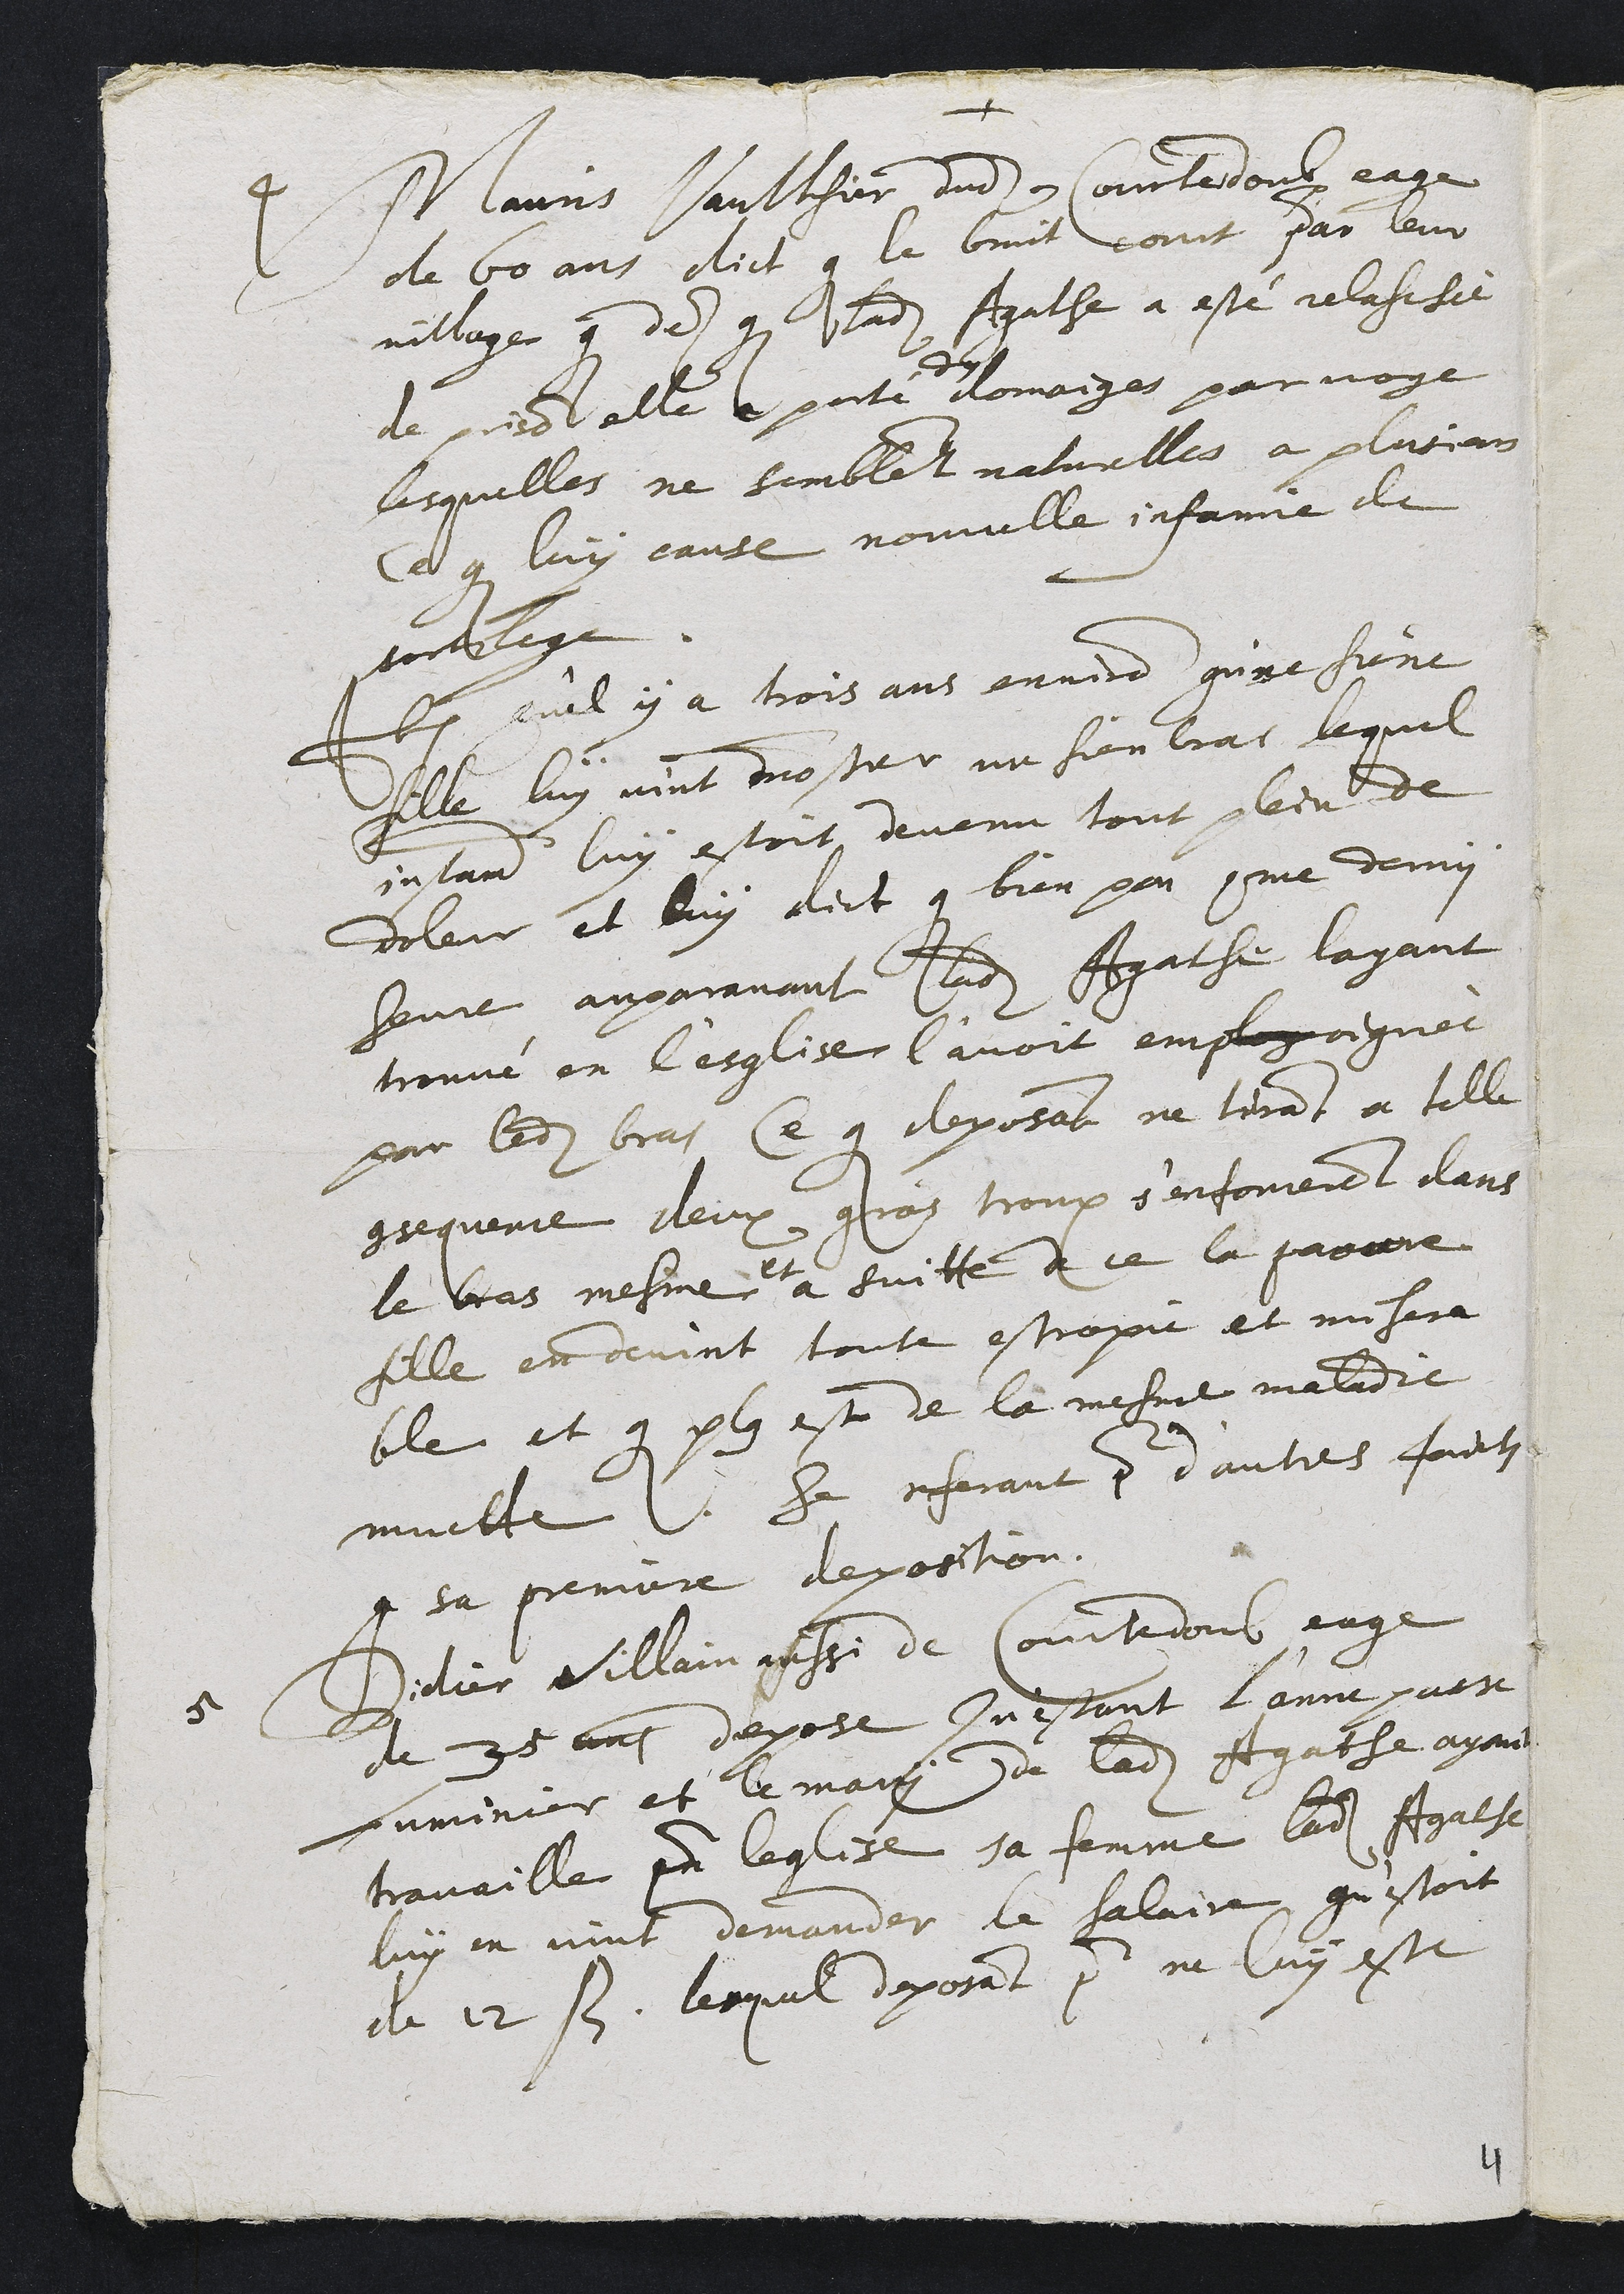
4 Mauris Vaulthier dudit Courtedoub eage
de 60 ans dict que le bruit court par leur
village que des que ladite Agathe a esté relaschée
de prison elle a porté
des
domaiges par voye
lesquelles ne semblent naturelles a plusieurs
ce que luy cause nouvelle infamie de
sortilege
Item qu'il y a trois années qu'ne siene
fille luy vint monstrer un sien bras lequel
instament luy estoit devenu tout plein de
doleur et luy dict que bien peu comme demy
heure auparavant ladite Agathe layant
trouvé en l'esglise l'avoit emplogoignée
par ledit bras Ce que deposant ne tirant a telle
consequence deux gros troux s'enfoncerent dans
le bras mesme
et
a suitte de ce la pauvre
fille en devint toute estropie et misera
ble et que plus est de la mesme maladie
muette. Se referant pour d'aultres faicts
a sa premiere deposition.
5 Didier Villain aussi de Courtedoub eage
de 35 ans depose Qu'estant l'anne passe
Luminier et le mary de ladite Agathe ayant
travaille pour leglise sa femme ladite Agathe
luy en vint demander le salaire qu'estoit
de 12 s. lesquel deposant pour ne luy estre